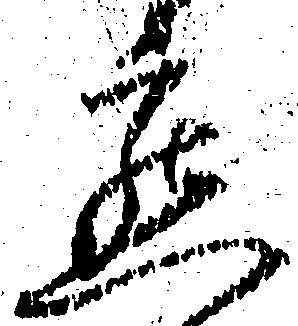
懇